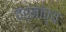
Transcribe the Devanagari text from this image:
वर्मांच्य